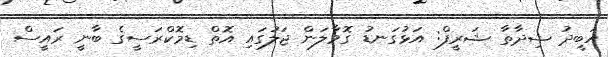
އަބީދު ޝިދާތާ ޝަރީފް: އަޅުގަނޑު ގޮވާލަން ޖަލުގައި އޮތް ޑިމޮކްރަސީގެ ބާނީ ރައީސް